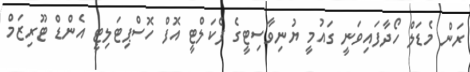
ރަން މެޑަލް ހޯދާފައިވަނީ ގައުމީ ޔުނިވާސިޓީގެ ފެކަލްޓީ އޮފް ހޮސްޕިޓަލިޓީ އެންޑް ޓޫރިޒަމް